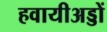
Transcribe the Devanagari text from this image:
हवायीअड्डों